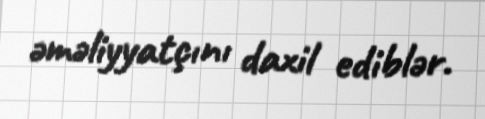
əməliyyatçını daxil ediblər.